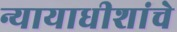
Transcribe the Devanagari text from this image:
न्यायाधीशांचे